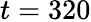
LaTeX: t=320